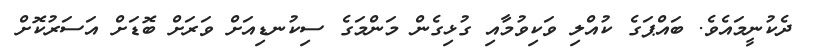
ދެކުނީމައެވެ. ބައްޕަގެ ކުއްލި ވަކިވުމާއި ގުޅިގެން މަންމަގެ ސިކުނޑިއަށް ވަރަށް ބޮޑަށް އަސަރުކޮށް